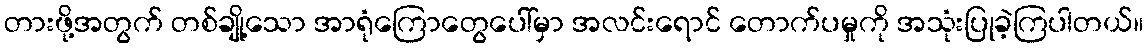
တားဖို့အတွက် တစ်ချို့သော အာရုံကြောတွေပေါ်မှာ အလင်းရောင် တောက်ပမှုကို အသုံးပြုခဲ့ကြပါတယ်။